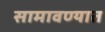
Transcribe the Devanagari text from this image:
सामावण्यात